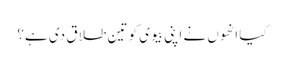
کیا انھوں نے اپنی بیوی کو تین طلاق دی ہے؟